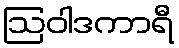
ဩဝါဒကာရီ